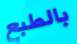
بالطبع